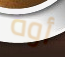
أوه